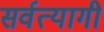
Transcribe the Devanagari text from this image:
सर्वत्यागी